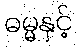
ဓမ္မနှင့်